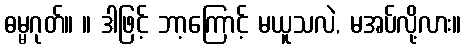
ဓမ္မဂုတ်။ ။ ဒါဖြင့် ဘာ့ကြောင့် မယူသလဲ, မအပ်လို့လား။